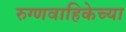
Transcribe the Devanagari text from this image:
रुग्णवाहिकेच्या